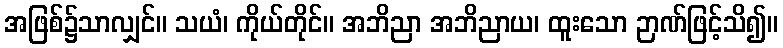
အဖြစ်၌သာလျှင်။ သယံ၊ ကိုယ်တိုင်။ အဘိညာ အဘိညာယ၊ ထူးသော ဉာဏ်ဖြင့်သိ၍။